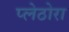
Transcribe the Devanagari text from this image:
प्लेठोरा